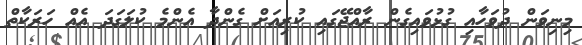
މިނިވަން ދުވަހާއި ގުޅުވައިގެން ރާއްޖޭގައި ކުރިއަށް ގެންދާ އެންމެ ކުލަގަދަ އެއް ހަރަކާތް